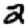
Digit: 2